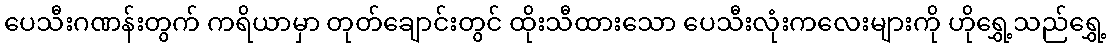
ပေသီးဂဏန်းတွက် ကရိယာမှာ တုတ်ချောင်းတွင် ထိုးသီထားသော ပေသီးလုံးကလေးများကို ဟိုရွှေ့သည်ရွှေ့